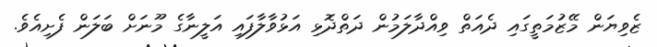
ޒެވިޔަން މޭޒުމަތީގައި ދެއަތް ވިއްދާލަމުން ދަތްދޮޅި އަޅުވާލާފައި އަލީނާގެ މޫނަށް ބަލަން ފެށިއެވެ.